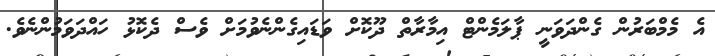
އެ މެމްބަރުން ގެންދަވަނީ ޕާލަމެންޓް އިމާރާތް ދޫކޮށް ވަޑައިގެންނެވުމަށް ވެސް ދެކޮޅު ހައްދަވަމުންނެވެ.